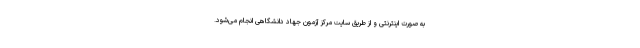
به صورت اینترنتی و از طریق سایت مرکز آزمون جهاد دانشگاهی انجام می‌شود.